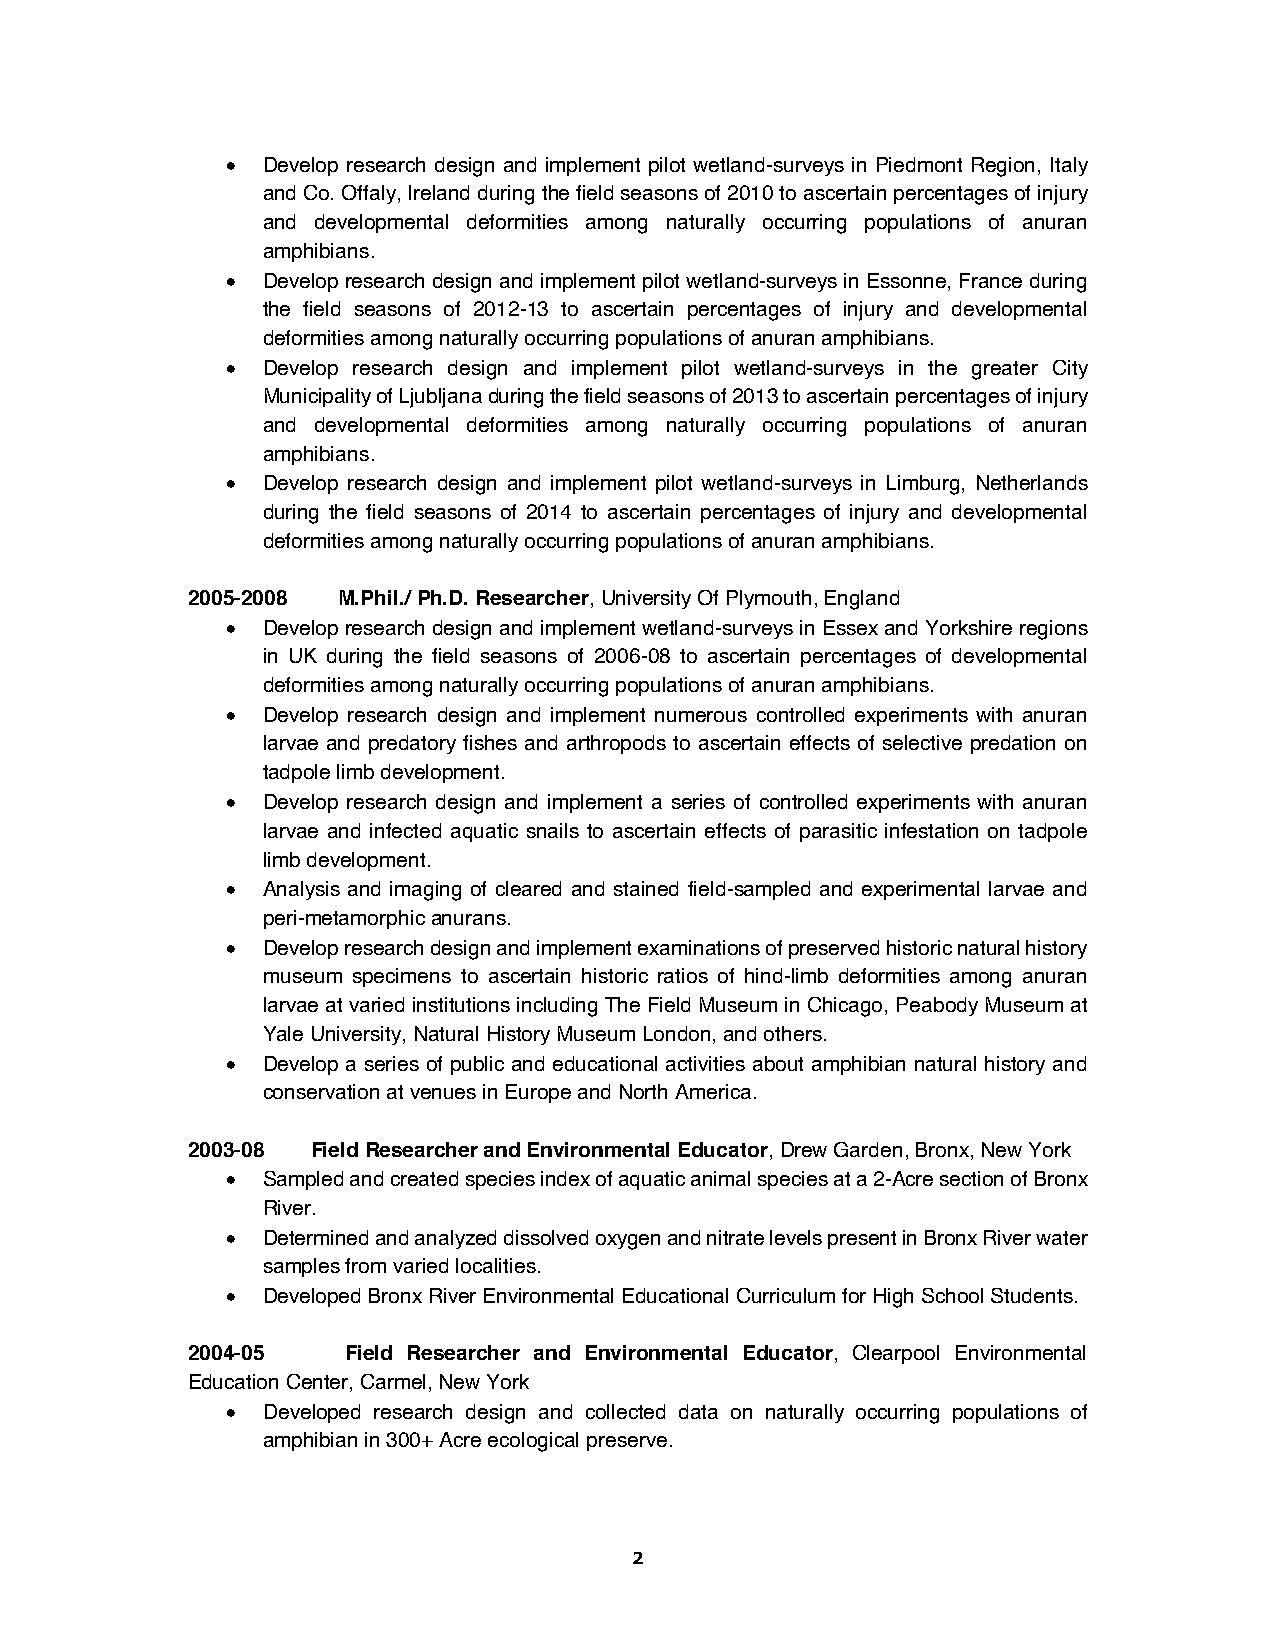
• Develop research design and implement pilot wetland-surveys in Piedmont Region, Italy
 and Co. Offaly, Ireland during the field seasons of 2010 to ascertain percentages of injury
 and developmental deformities among naturally occurring populations of anuran
 amphibians.
 • Develop research design and implement pilot wetland-surveys in Essonne, France during
 the field seasons of 2012-13 to ascertain percentages of injury and developmental
 deformities among naturally occurring populations of anuran amphibians.
 • Develop research design and implement pilot wetland-surveys in the greater City
 Municipality of Ljubljana during the field seasons of 2013 to ascertain percentages of injury
 and developmental deformities among naturally occurring populations of anuran
 amphibians.
 • Develop research design and implement pilot wetland-surveys in Limburg, Netherlands
 during the field seasons of 2014 to ascertain percentages of injury and developmental
 deformities among naturally occurring populations of anuran amphibians.
 2005-2008 M.Phil./ Ph.D. Researcher, University Of Plymouth, England
 • Develop research design and implement wetland-surveys in Essex and Yorkshire regions
 in UK during the field seasons of 2006-08 to ascertain percentages of developmental
 deformities among naturally occurring populations of anuran amphibians.
 • Develop research design and implement numerous controlled experiments with anuran
 larvae and predatory fishes and arthropods to ascertain effects of selective predation on
 tadpole limb development.
 • Develop research design and implement a series of controlled experiments with anuran
 larvae and infected aquatic snails to ascertain effects of parasitic infestation on tadpole
 limb development.
 • Analysis and imaging of cleared and stained field-sampled and experimental larvae and
 peri-metamorphic anurans.
 • Develop research design and implement examinations of preserved historic natural history
 museum specimens to ascertain historic ratios of hind-limb deformities among anuran
 larvae at varied institutions including The Field Museum in Chicago, Peabody Museum at
 Yale University, Natural History Museum London, and others.
 • Develop a series of public and educational activities about amphibian natural history and
 conservation at venues in Europe and North America.
 2003-08  Field Researcher and Environmental Educator, Drew Garden, Bronx, New York
 • Sampled and created species index of aquatic animal species at a 2-Acre section of Bronx
 River.
 • Determined and analyzed dissolved oxygen and nitrate levels present in Bronx River water
 samples from varied localities.
 • Developed Bronx River Environmental Educational Curriculum for High School Students.
 2004-05    Field Researcher and Environmental Educator, Clearpool Environmental
 Education Center, Carmel, New York
 • Developed research design and collected data on naturally occurring populations of
 amphibian in 300+ Acre ecological preserve.
 2